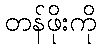
တန်ဖိုးကို